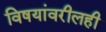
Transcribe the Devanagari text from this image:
विषयांवरीलही